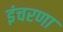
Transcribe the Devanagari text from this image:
इंचरणा